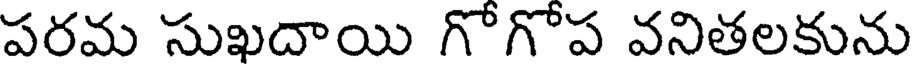
పరమ సుఖదాయి గోగోప వనితలకును